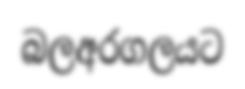
බලඅරගලයට